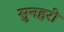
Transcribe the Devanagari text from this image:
सुनहरो